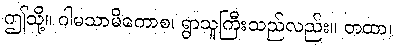
ဤသို့။ ဂါမသာမိကောစ၊ ရွာသူကြီးသည်လည်း။ တထာ၊